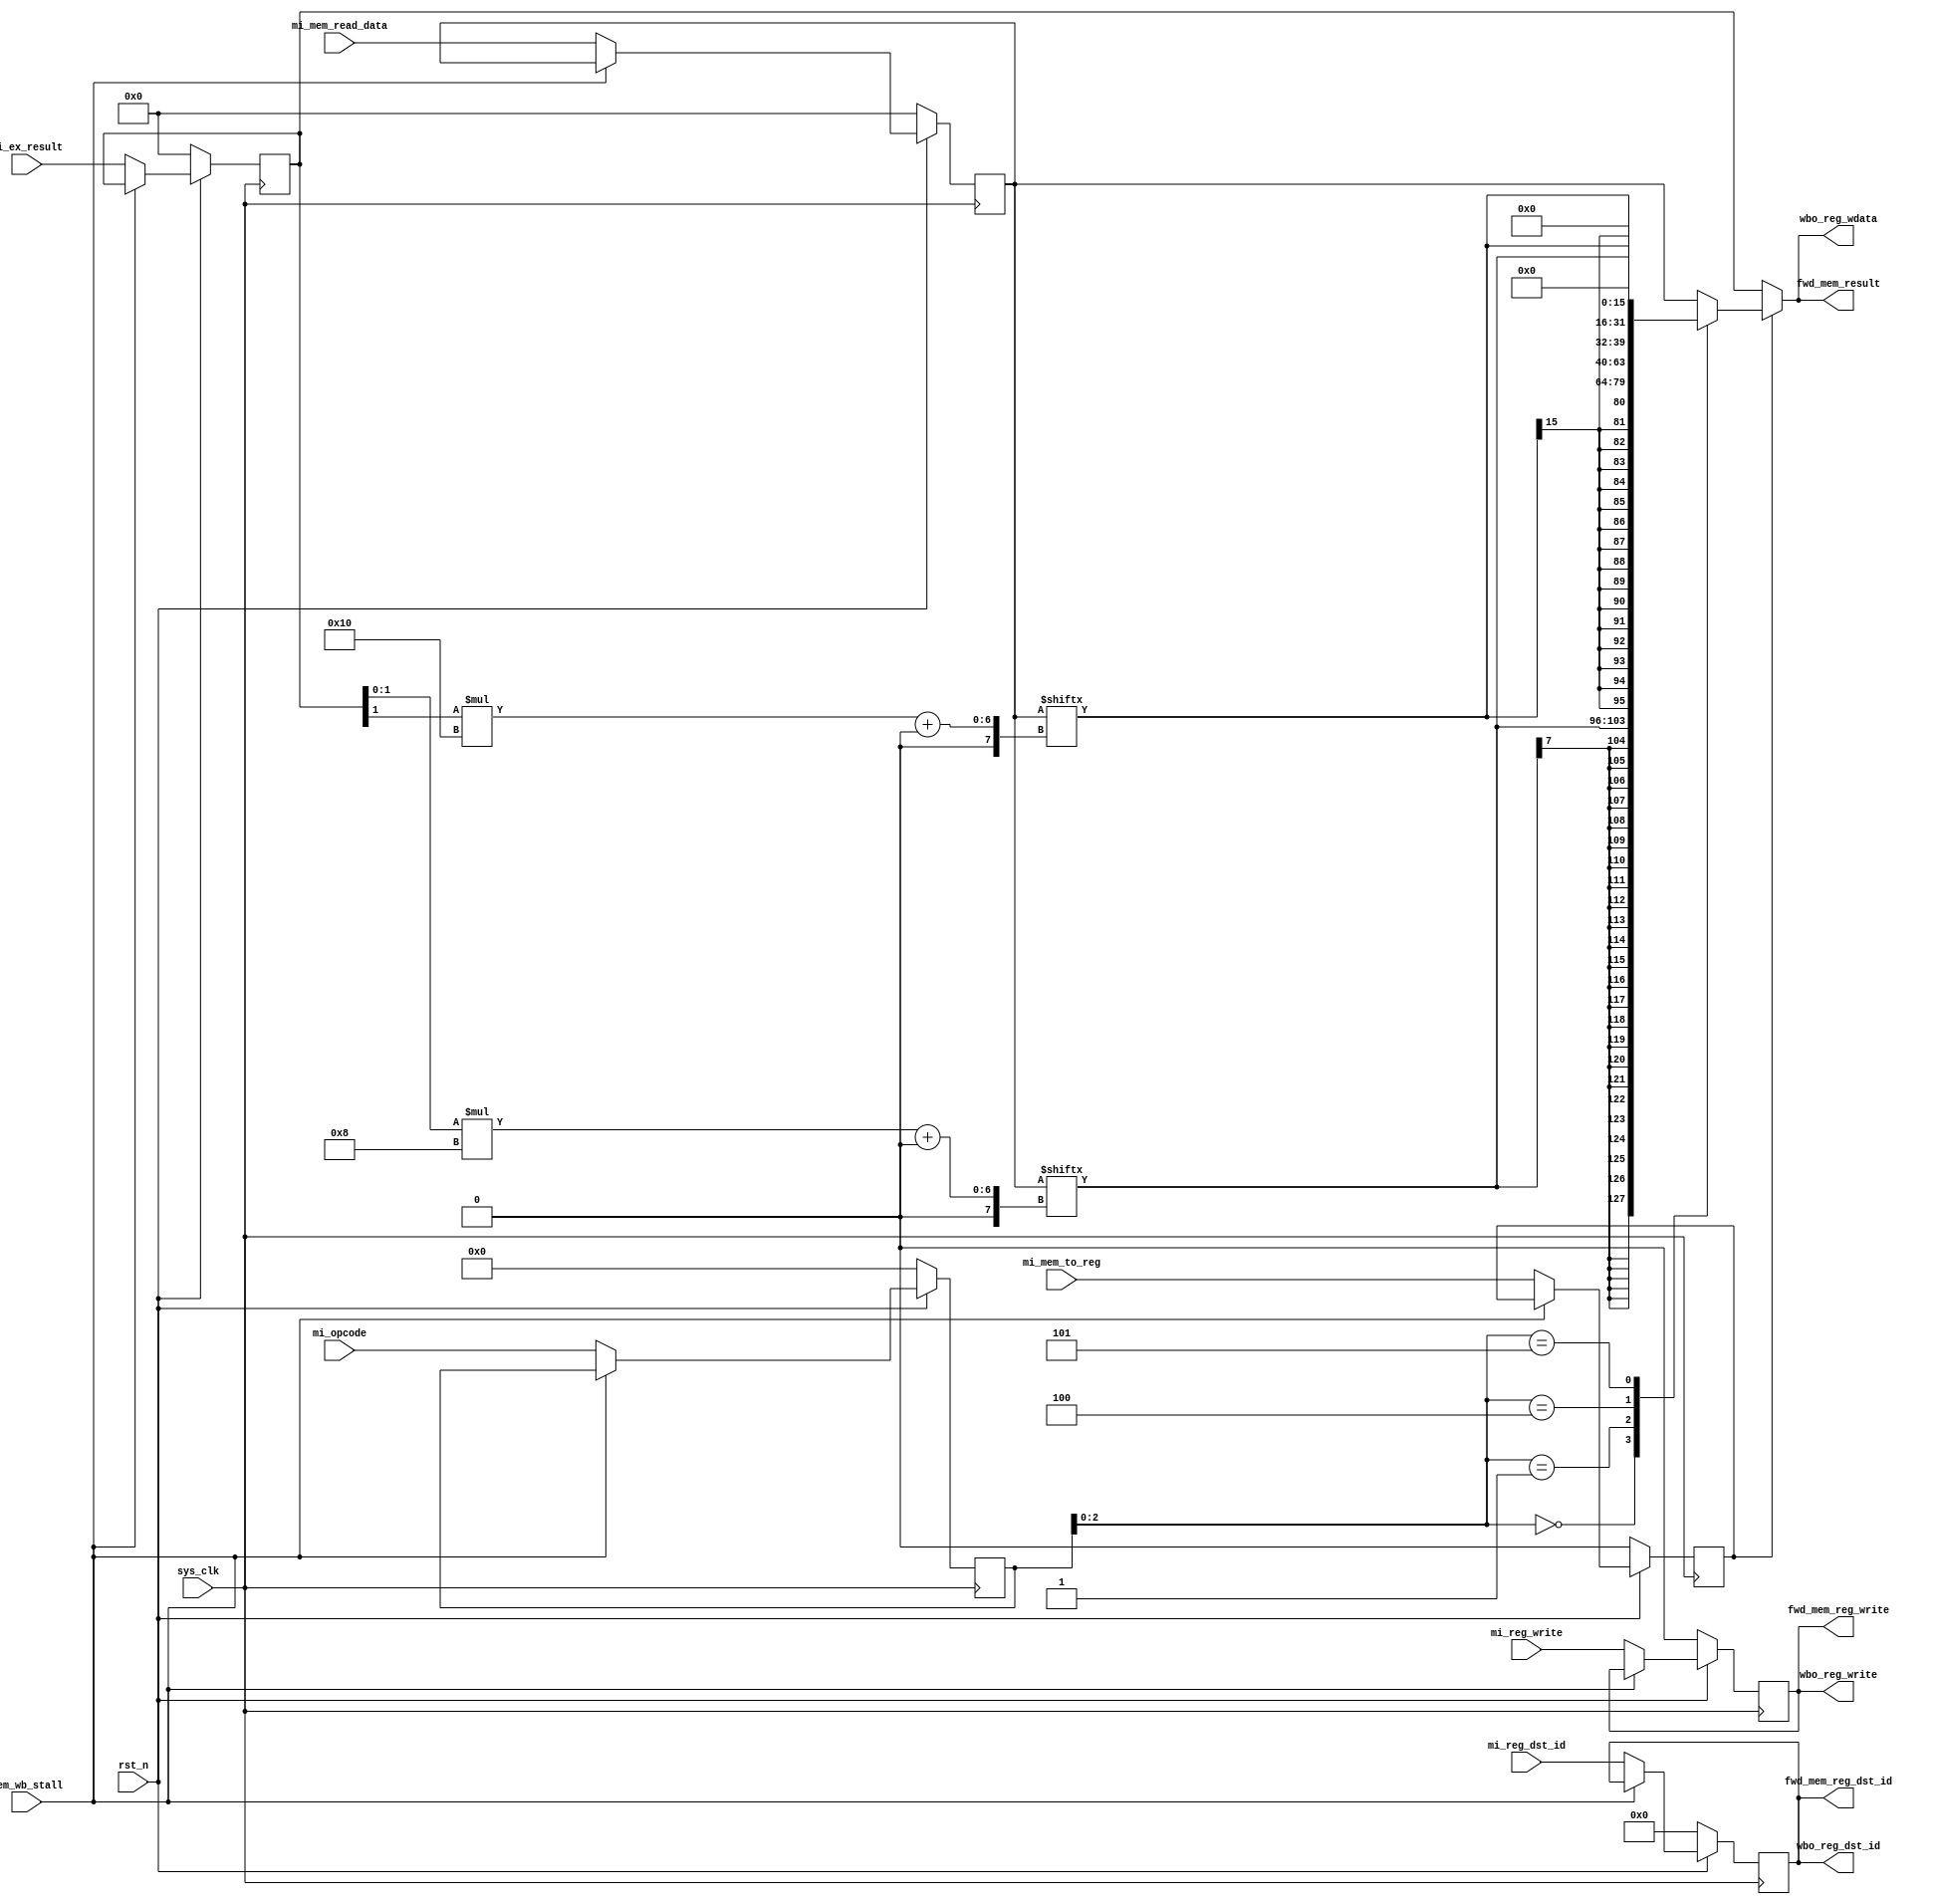
module mem_wb(
    input sys_clk,
    input rst_n,
    input mem_wb_stall,

    // from ex_mem
    input [5:0]     mi_opcode,
    input           mi_mem_to_reg,
    input [31:0]    mi_ex_result,
    input           mi_reg_write,
    input [4:0]     mi_reg_dst_id,

    // from mem
    input [31:0]    mi_mem_read_data,

    // output, to wb
    output          wbo_reg_write,
    output [4:0]    wbo_reg_dst_id,
    output [31:0]   wbo_reg_wdata,

    // forwarding, to id/ex and ex/mem
    output          fwd_mem_reg_write,
    output [4:0]    fwd_mem_reg_dst_id,
    output [31:0]   fwd_mem_result
);

    reg [5:0]       reg_opcode;
    reg             reg_mem_to_reg;
    reg [31:0]      reg_ex_result;
    reg             reg_reg_write;
    reg [4:0]       reg_reg_dst_id;
    reg [31:0]      reg_mem_read_data;

    always @(posedge sys_clk) begin
        if (!rst_n) begin
            reg_opcode          <= 0;
            reg_mem_to_reg      <= 0;
            reg_ex_result       <= 0;
            reg_reg_write       <= 0;
            reg_reg_dst_id      <= 0;
            reg_mem_read_data   <= 0;
        end else begin
            if (mem_wb_stall) begin
                reg_opcode          <= reg_opcode       ;
                reg_mem_to_reg      <= reg_mem_to_reg   ;
                reg_ex_result       <= reg_ex_result    ;
                reg_reg_write       <= reg_reg_write    ;
                reg_reg_dst_id      <= reg_reg_dst_id   ;
                reg_mem_read_data   <= reg_mem_read_data;
            end else begin
                reg_opcode          <= mi_opcode       ;
                reg_mem_to_reg      <= mi_mem_to_reg   ;
                reg_ex_result       <= mi_ex_result    ;
                reg_reg_write       <= mi_reg_write    ;
                reg_reg_dst_id      <= mi_reg_dst_id   ;
                reg_mem_read_data   <= mi_mem_read_data;
            end
        end
    end

    // output to wb
    assign wbo_reg_write    = reg_reg_write;
    assign wbo_reg_dst_id   = reg_reg_dst_id;
    assign wbo_reg_wdata    = reg_mem_to_reg ? wb_ext_data : reg_ex_result;

    // forwarding to id/ex
    assign fwd_mem_reg_write    = reg_reg_write;
    assign fwd_mem_reg_dst_id   = reg_reg_dst_id;
    assign fwd_mem_result       = wbo_reg_wdata;

    // Write Back, for [lh,lhu,lb,lbu], do sign or zero extension 
    reg [31:0] wb_ext_data;    
    wire [7:0] wb_byte_extra = reg_mem_read_data[reg_ex_result[1:0] * 8+:8];
    wire [15:0] wb_hw_extra = reg_mem_read_data[reg_ex_result[1] * 16+:16];
    always @* begin
        case(reg_opcode[2:0])
            3'b000: wb_ext_data = {{24{wb_byte_extra[7]}}, wb_byte_extra[7:0]};     // lb
            3'b001: wb_ext_data = {{16{wb_hw_extra[15]}}, wb_hw_extra[15:0]};       // lh
            3'b011: wb_ext_data = reg_mem_read_data;                                       // lw
            3'b100: wb_ext_data = {24'b0, wb_byte_extra[7:0]};                      // lbu
            3'b101: wb_ext_data = {16'b0, wb_hw_extra[15:0]};                       // lhu
            default:wb_ext_data = reg_mem_read_data;
        endcase
    end
endmodule